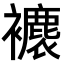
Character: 𧞱